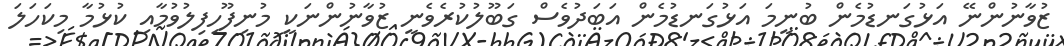
ޒުވާނުންނޭ އަޅުގަނޑުމެން ބުނީމަ އަޅުގަނޑުމެން އަބަދުވެސް ގަބޫލުކުރެވެނީ ޒުވާނުންނަކީ މުނިފޫހިފިލުވުމާއި ކުޅުމާ މިކަހަލަ